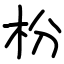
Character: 枌